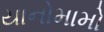
યાનોમામો